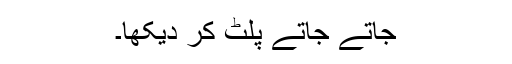
جاتے جاتے پلٹ کر دیکھا۔